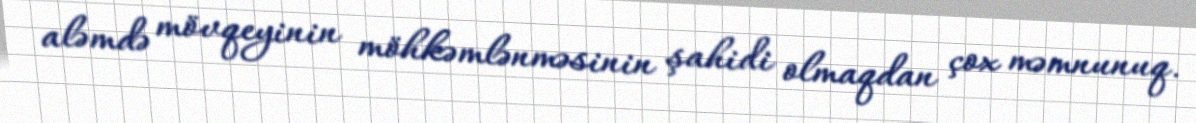
aləmdə mövqeyinin möhkəmlənməsinin şahidi olmaqdan çox məmnunuq.